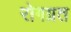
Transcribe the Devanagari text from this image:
रोगग्रत